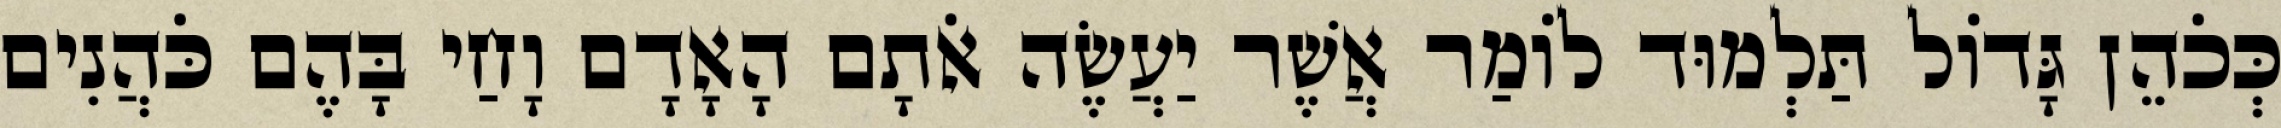
כְּכֹהֵן גָּדוֹל תַּלְמוּד לוֹמַר אֲשֶׁר יַעֲשֶׂה אֹתָם הָאָדָם וָחַי בָּהֶם כֹּהֲנִים